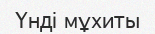
Үнді мұхиты